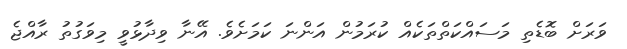
ވަރަށް ބޮޑެތި މަސައްކަތްތަކެއް ކުރަމުން އަންނަ ކަމަށެވެ. އޭނާ ވިދާޅުވީ މިވަގުތު ރާއްޖެ